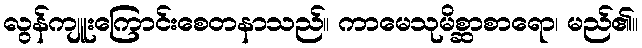
လွန်ကျူးကြောင်းစေတနာသည်။ ကာမေသုမိစ္ဆာစာရော၊ မည်၏။